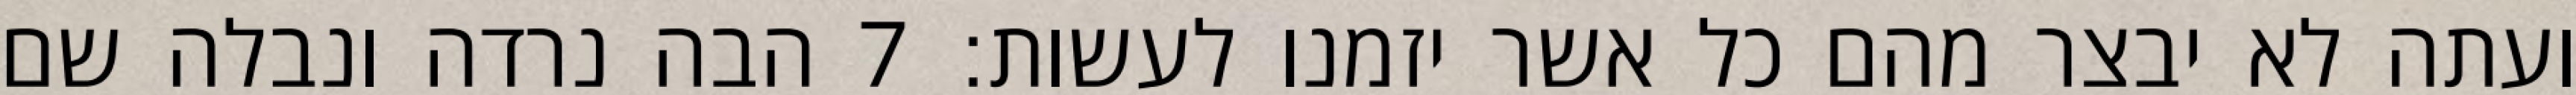
ועתה לא יבצר מהם כל אשר יזמנו לעשות׃ ‎7‏ הבה נרדה ונבלה שם